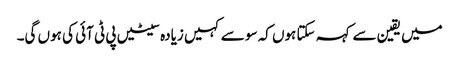
میں یقین سے کہہ سکتا ہوں کہ سو سے کہیں زیادہ سیٹیں پی ٹی آئی کی ہوں گی۔